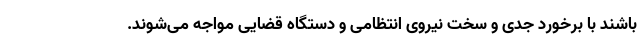
باشند با برخورد جدی و سخت نیروی انتظامی و دستگاه قضایی مواجه می‌شوند.